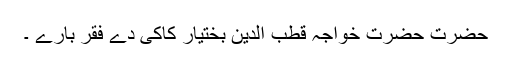
حضرت حضرت خواجہ قطب الدین بختیار کاکی دے فقر بارے ۔